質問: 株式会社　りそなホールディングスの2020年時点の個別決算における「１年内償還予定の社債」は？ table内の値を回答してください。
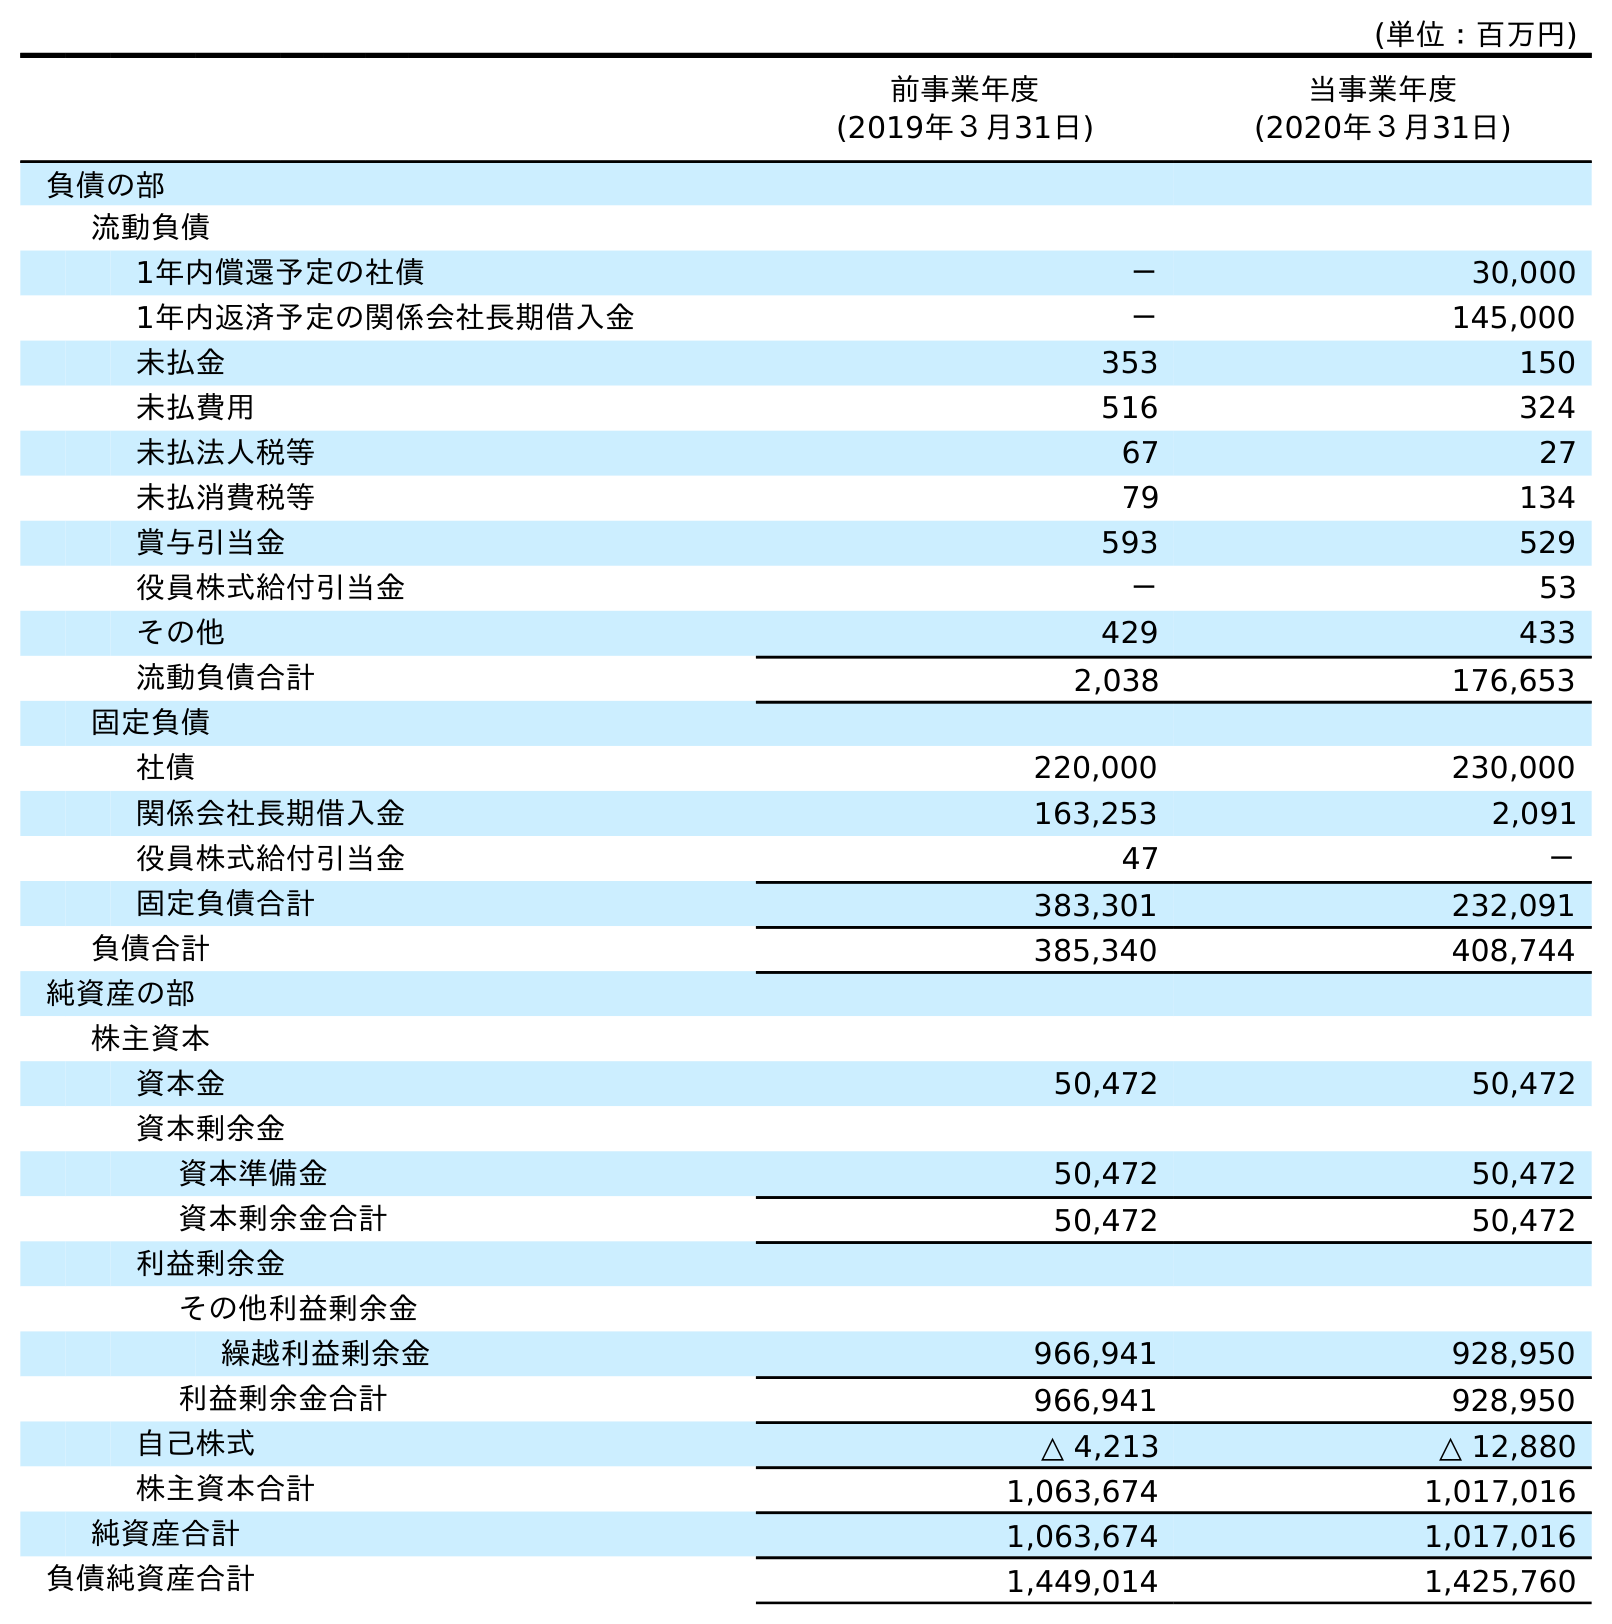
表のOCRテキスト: (単位：百万円) 前事業年度 (2019年３月31日) 当事業年度 (2020年３月31日) 負債の部 流動負債 1年内償還予定の社債 － 30,000 1年内返済予定の関係会社長期借入金 － 145,000 未払金 353 150 未払費用 516 324 未払法人税等 67 27 未払消費税等 79 134 賞与引当金 593 529 役員株式給付引当金 － 53 その他 429 433 流動負債合計 2,038 176,653 固定負債 社債 220,000 230,000 関係会社長期借入金 163,253 2,091 役員株式給付引当金 47 － 固定負債合計 383,301 232,091 負債合計 385,340 408,744 純資産の部 株主資本 資本金 50,472 50,472 資本剰余金 資本準備金 50,472 50,472 資本剰余金合計 50,472 50,472 利益剰余金 その他利益剰余金 繰越利益剰余金 966,941 928,950 利益剰余金合計 966,941 928,950 自己株式 △ 4,213 △ 12,880 株主資本合計 1,063,674 1,017,016 純資産合計 1,063,674 1,017,016 負債純資産合計 1,449,014 1,425,760
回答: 30,000